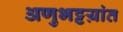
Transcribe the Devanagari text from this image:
अणुभट्टय़ांत